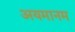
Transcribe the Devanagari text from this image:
अयमानम